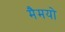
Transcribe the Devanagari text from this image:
मैमयो